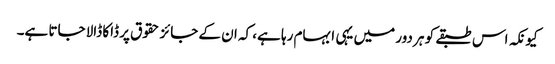
کیونکہ اس طبقے کو ہر دور میں یہی ابہام رہا ہے، کہ ان کے جائز حقوق پر ڈاکا ڈالا جاتا ہے۔